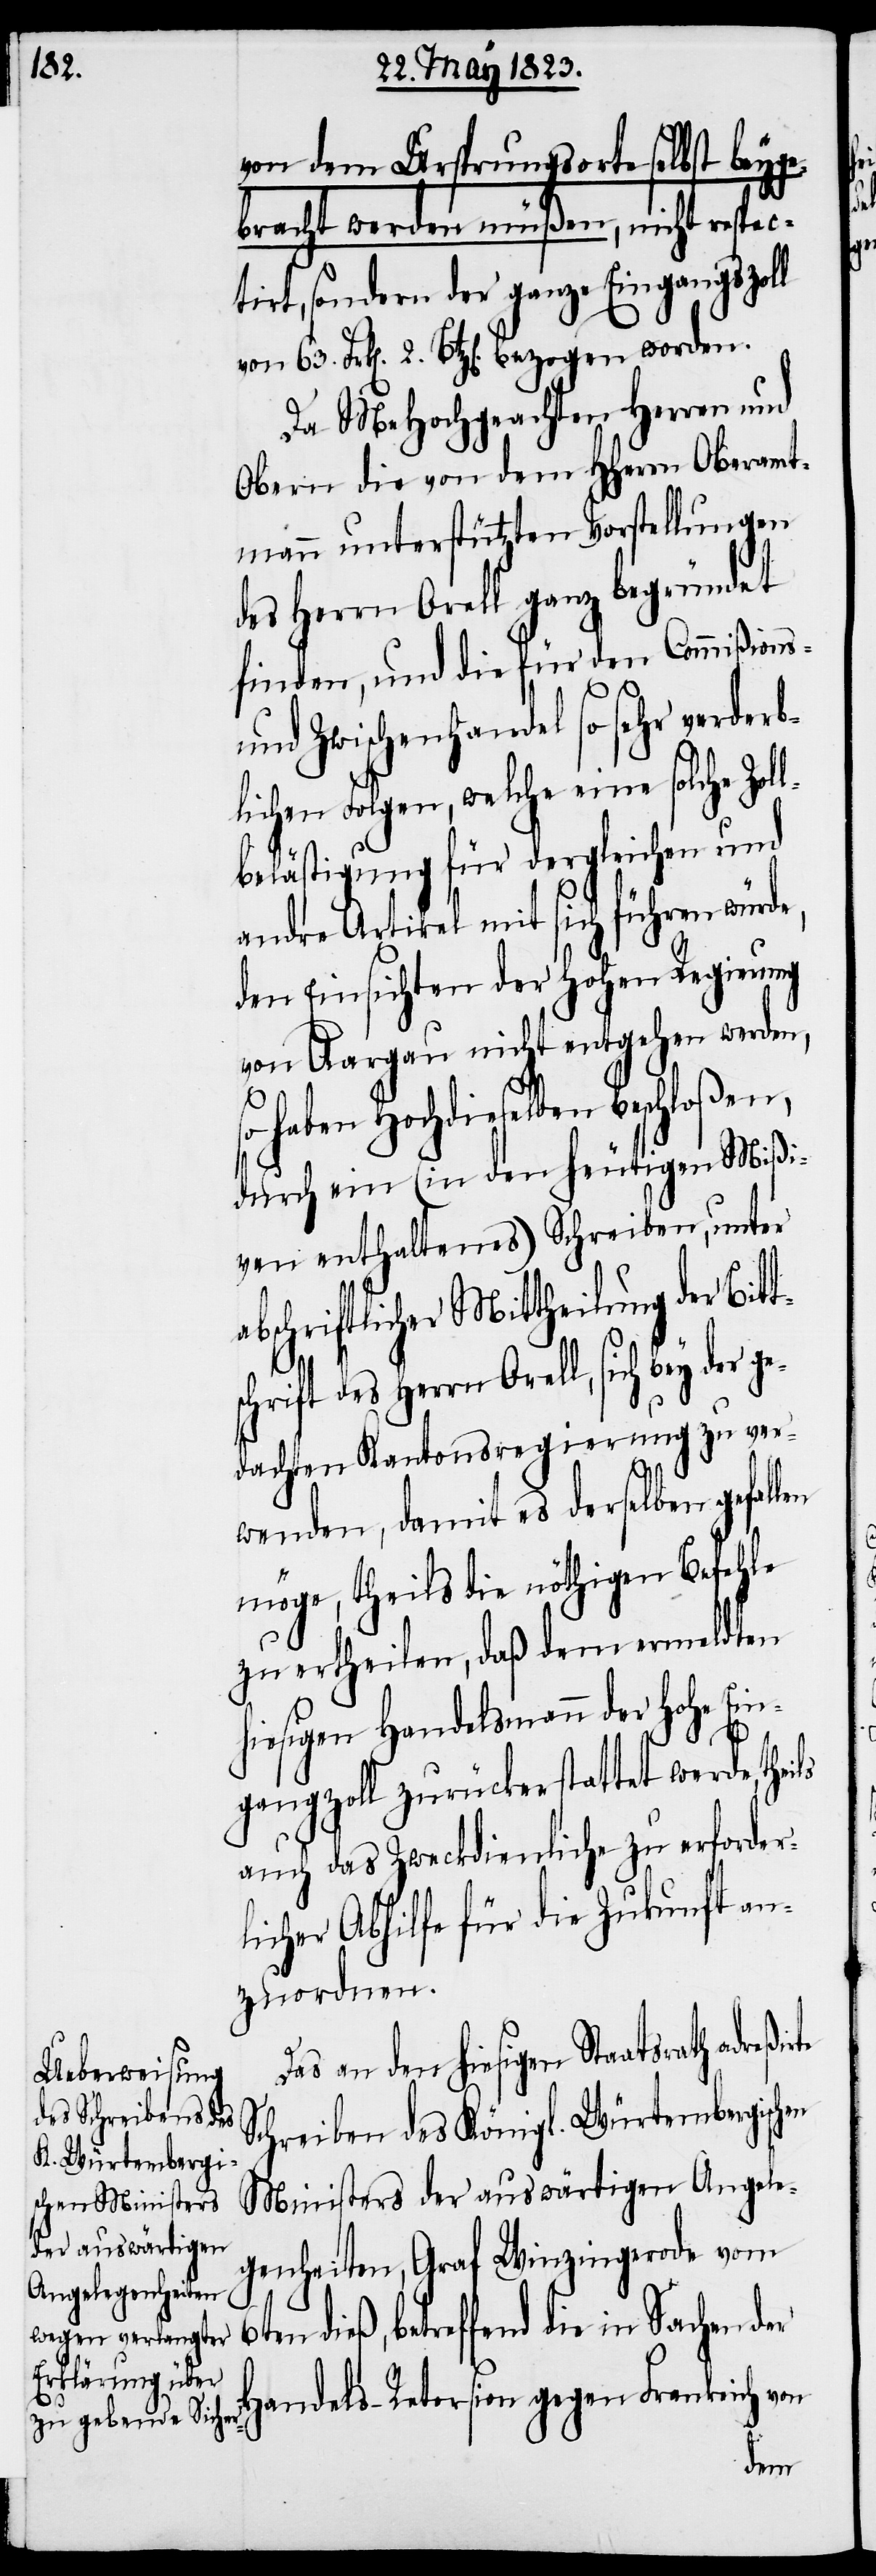
ge¬

von dem Ursprungsorte selbst beyge¬
bracht werden müßen, nicht respec¬
tirt, sondern der ganze Eingangszoll
Da MeHochgeachten Herren und
Obern die von dem HHerrn Oberamt¬
mann unterstützten Vorstellungen
des Herrn Orell ganz begründet
finden, und die für den Commißions-
und Zwischenhandel so sehr verderb¬
lichen Folgen, welche eine solche Zol¬
lbelästigung für dergleichen und
andre Artikel mit sich führen würde,
den Einsichten der hohen Regierung
von Aargau nicht entgehen werden,
haben Hochdieselben beschloßen,
durch ein (in den heutigen Mißi¬
ven enthaltenes) Schreiben, unter
abschriftlicher Mittheilung der Bitt¬
chrift des Herrn Orell, sich bey der
dachten Kantonsregierung zu ver¬
wenden, damit es derselben gefal¬
möge, theils die nöthigen Befehle
zu ertheilen, daß dem ermeldten
hiesigen Handelsmann der hohe Ein¬
s¬
gangzoll zurückerstattet werden,
auch das Zweckdienliche zu erforder¬
licher Abhilfe für die Zukunft an¬
zuordnen.
Das an den hiesigen Staatsrath
Schreiben des Königl. Würtembergischen
Ministers der auswärtigen Angele¬
genheiten, Graf Winzingerode vom
betreffend die in Sachen der
Handels-Retorsion gegen Frankreich von
len